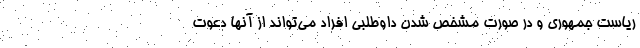
ریاست جمهوری و در صورت مشخص شدن داوطلبی افراد می‌تواند از آنها دعوت